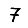
Digit: 7